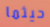
حيثما